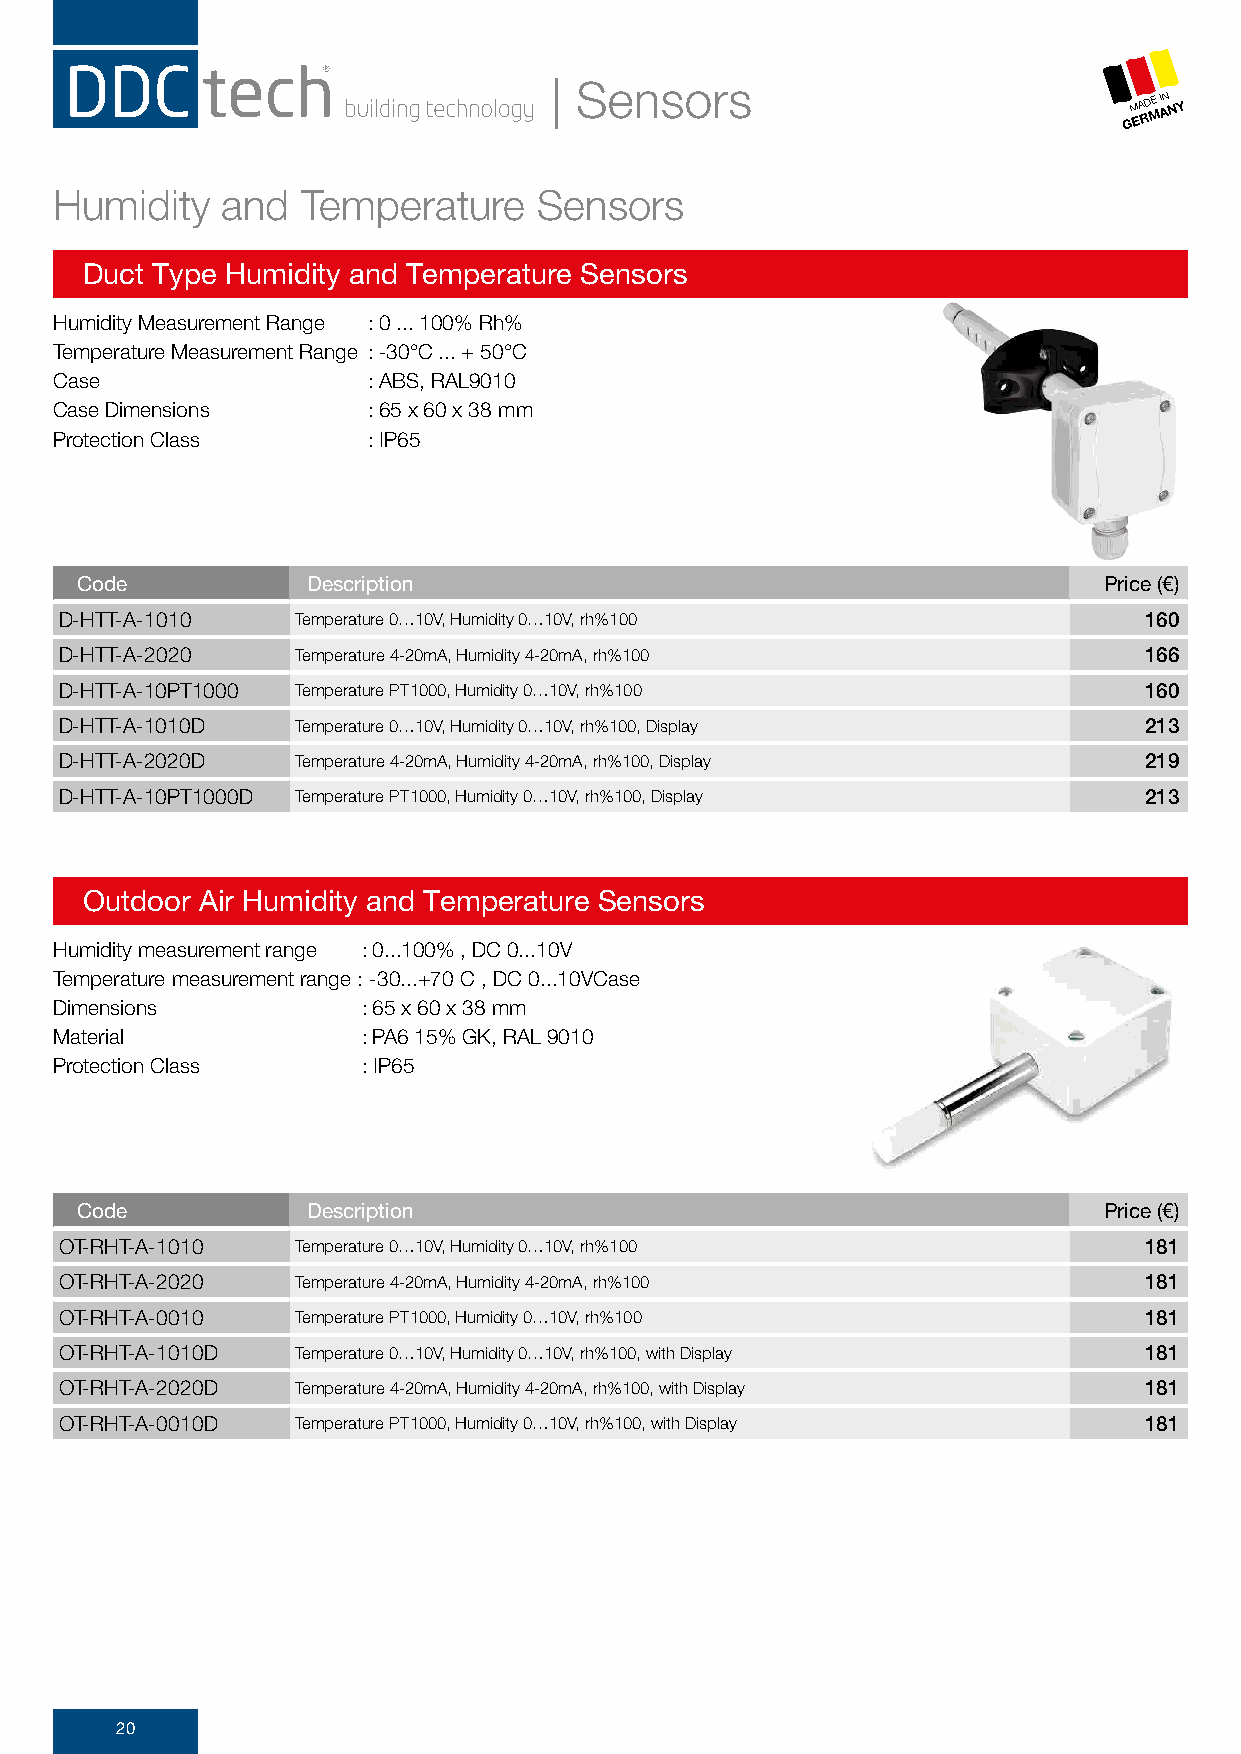
| Sensors
 GM EA RD ME I AN NY
 Humidity   and  Temperature     Sensors
 Duct Type Humidity and Temperature Sensors
 Humidity Measurement Range : 0 ... 100% Rh%
 Temperature Measurement Range : -30°C ... + 50°C
 Case                : ABS, RAL9010
 Case Dimensions     : 65 x 60 x 38 mm
 Protection Class    : IP65
 Code           Description                                          Price (€)
 D-HTT-A-1010    Temperature 0…10V, Humidity 0…10V, rh%100               160
 D-HTT-A-2020    Temperature 4-20mA, Humidity 4-20mA, rh%100             166
 D-HTT-A-10PT1000 Temperature PT1000, Humidity 0…10V, rh%100             160
 D-HTT-A-1010D   Temperature 0…10V, Humidity 0…10V, rh%100, Display      213
 D-HTT-A-2020D   Temperature 4-20mA, Humidity 4-20mA, rh%100, Display    219
 D-HTT-A-10PT1000D Temperature PT1000, Humidity 0…10V, rh%100, Display   213
 Outdoor Air Humidity and Temperature Sensors
 Humidity measurement range : 0...100% , DC 0...10V
 Temperature measurement range : -30...+70 C , DC 0...10VCase
 Dimensions          : 65 x 60 x 38 mm
 Material            : PA6 15% GK, RAL 9010
 Protection Class    : IP65
 Code           Description                                          Price (€)
 OT-RHT-A-1010   Temperature 0…10V, Humidity 0…10V, rh%100               181
 OT-RHT-A-2020   Temperature 4-20mA, Humidity 4-20mA, rh%100             181
 OT-RHT-A-0010   Temperature PT1000, Humidity 0…10V, rh%100              181
 OT-RHT-A-1010D  Temperature 0…10V, Humidity 0…10V, rh%100, with Display 181
 OT-RHT-A-2020D  Temperature 4-20mA, Humidity 4-20mA, rh%100, with Display 181
 OT-RHT-A-0010D  Temperature PT1000, Humidity 0…10V, rh%100, with Display 181
 20